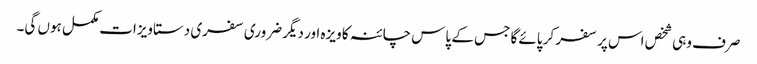
صرف وہی شخص اس پر سفر کر پائے گا جس کے پاس چائنہ کا ویزہ اور دیگر ضروری سفری دستاویزات مکمل ہوں گی۔